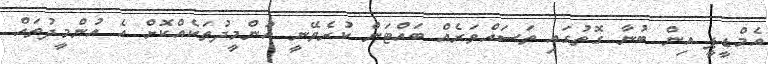
އެމްޑީޕީ އިން ބުނާ ގޮތުގައި ތަސައްވަރެއް ބައްޓަން ކުރެވޭނީ އުންމީދުތަކެއްކޮށް އެ އުންމީދުތައް